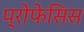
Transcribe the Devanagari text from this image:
प्रोफेसिस